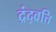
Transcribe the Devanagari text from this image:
द्रंद्व्रत्ति